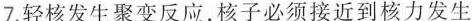
7.轻核发生聚变反应，核子必须接近到核力发生